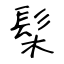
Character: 髤